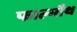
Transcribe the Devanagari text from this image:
फाल्मौथ